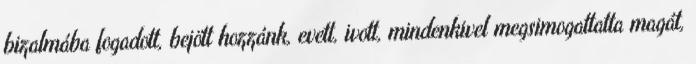
bizalmába fogadott, bejött hozzánk, evett, ivott, mindenkivel megsimogattatta magát,